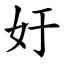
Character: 㚥